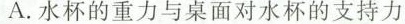
A. 水杯的重力与桌面对水杯的支持力